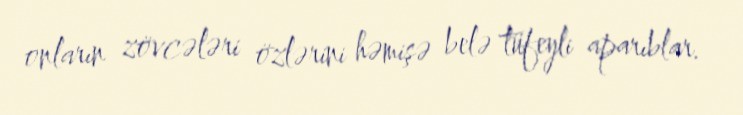
onların zövcələri özlərini həmişə belə tüfeyli aparıblar.